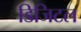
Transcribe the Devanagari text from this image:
डिजिटल